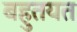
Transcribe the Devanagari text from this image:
बहुतयत